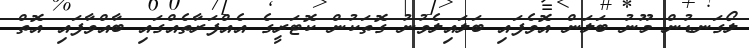
ލޯގަނޑުން މޫނު ބަލަން އޮވެފައި ބަލައިލެވުނު ގޮތަކުން ކޮޓަރީގެ އެއްފަރާތެއްގައި ބާއްވާފައި އޮތް